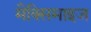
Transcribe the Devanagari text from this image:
मैक्सिमाइज